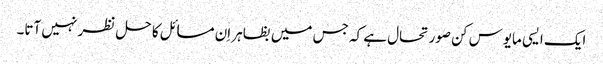
ایک ایسی مایوس کن صورتحال ہے کہ جس میں بظاہر اِن مسائل کا حل نظر نہیں آتا۔